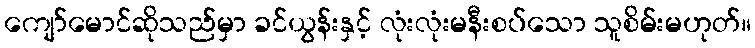
ကျော်မောင်ဆိုသည်မှာ ခင်ယွန်းနှင့် လုံးလုံးမနီးစပ်သော သူစိမ်းမဟုတ်။